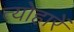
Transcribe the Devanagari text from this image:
त्योहारें